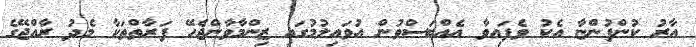
އާރު ކުންފުންޏާ އެކު ވެފައިވާ އެއްބަސްވުން އުވައިލުމުގައި ޒިންމާވާންޖެހޭ ފަރާތްތަކާ މެދު ރާއްޖޭގެ